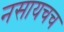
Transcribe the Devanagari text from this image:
नसायचच